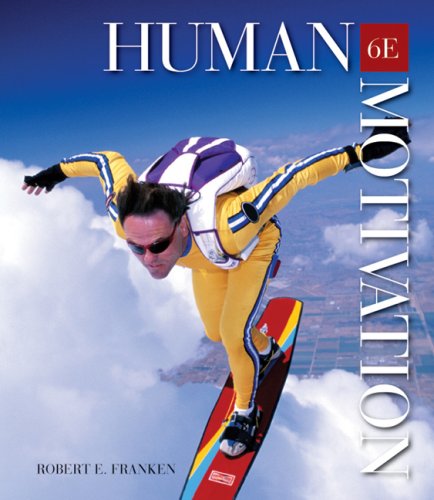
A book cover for Human Motivation (with InfoTrac 1-Semester Printed Access Card); Robert E. Franken; Medical Books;